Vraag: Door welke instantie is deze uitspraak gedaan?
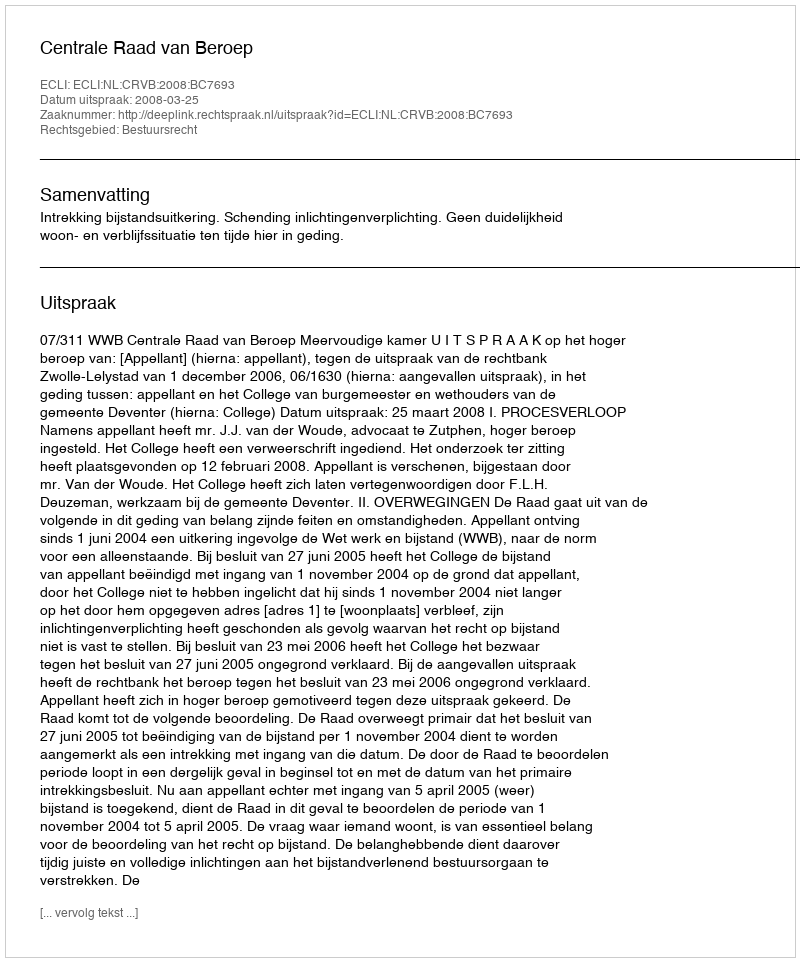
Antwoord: Centrale Raad van Beroep